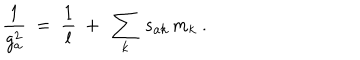
LaTeX: \frac { 1 } { g _ { a } ^ { 2 } } \ = \ \frac { 1 } { l } \ + \ \sum _ { k } \, s _ { a k } \, m _ { k } \ .